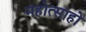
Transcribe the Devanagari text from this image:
महोत्साहो